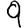
Digit: 9